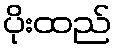
ပိုးထည်